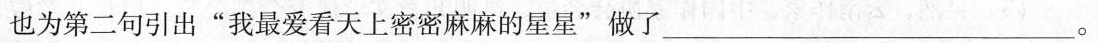
也为第二句引出”我最爱看天上密密麻麻的星星”做了___。